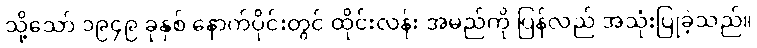
သို့သော် ၁၉၄၉ ခုနှစ် နောက်ပိုင်းတွင် ထိုင်းလန်း အမည်ကို ပြန်လည် အသုံးပြုခဲ့သည်။